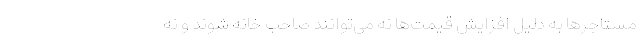
مستاجرها به دلیل افزایش قیمت‌ها نه می‌توانند صاحب خانه شوند و نه